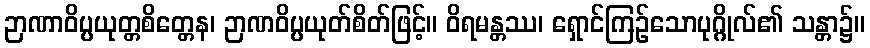
ဉာဏာဝိပ္ပယုတ္တစိတ္တေန၊ ဉာဏဝိပ္ပယုတ်စိတ်ဖြင့်။ ဝိရမန္တဿ၊ ရှောင်ကြဉ်သောပုဂ္ဂိုလ်၏ သန္တာ၌။